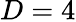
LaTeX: D=4